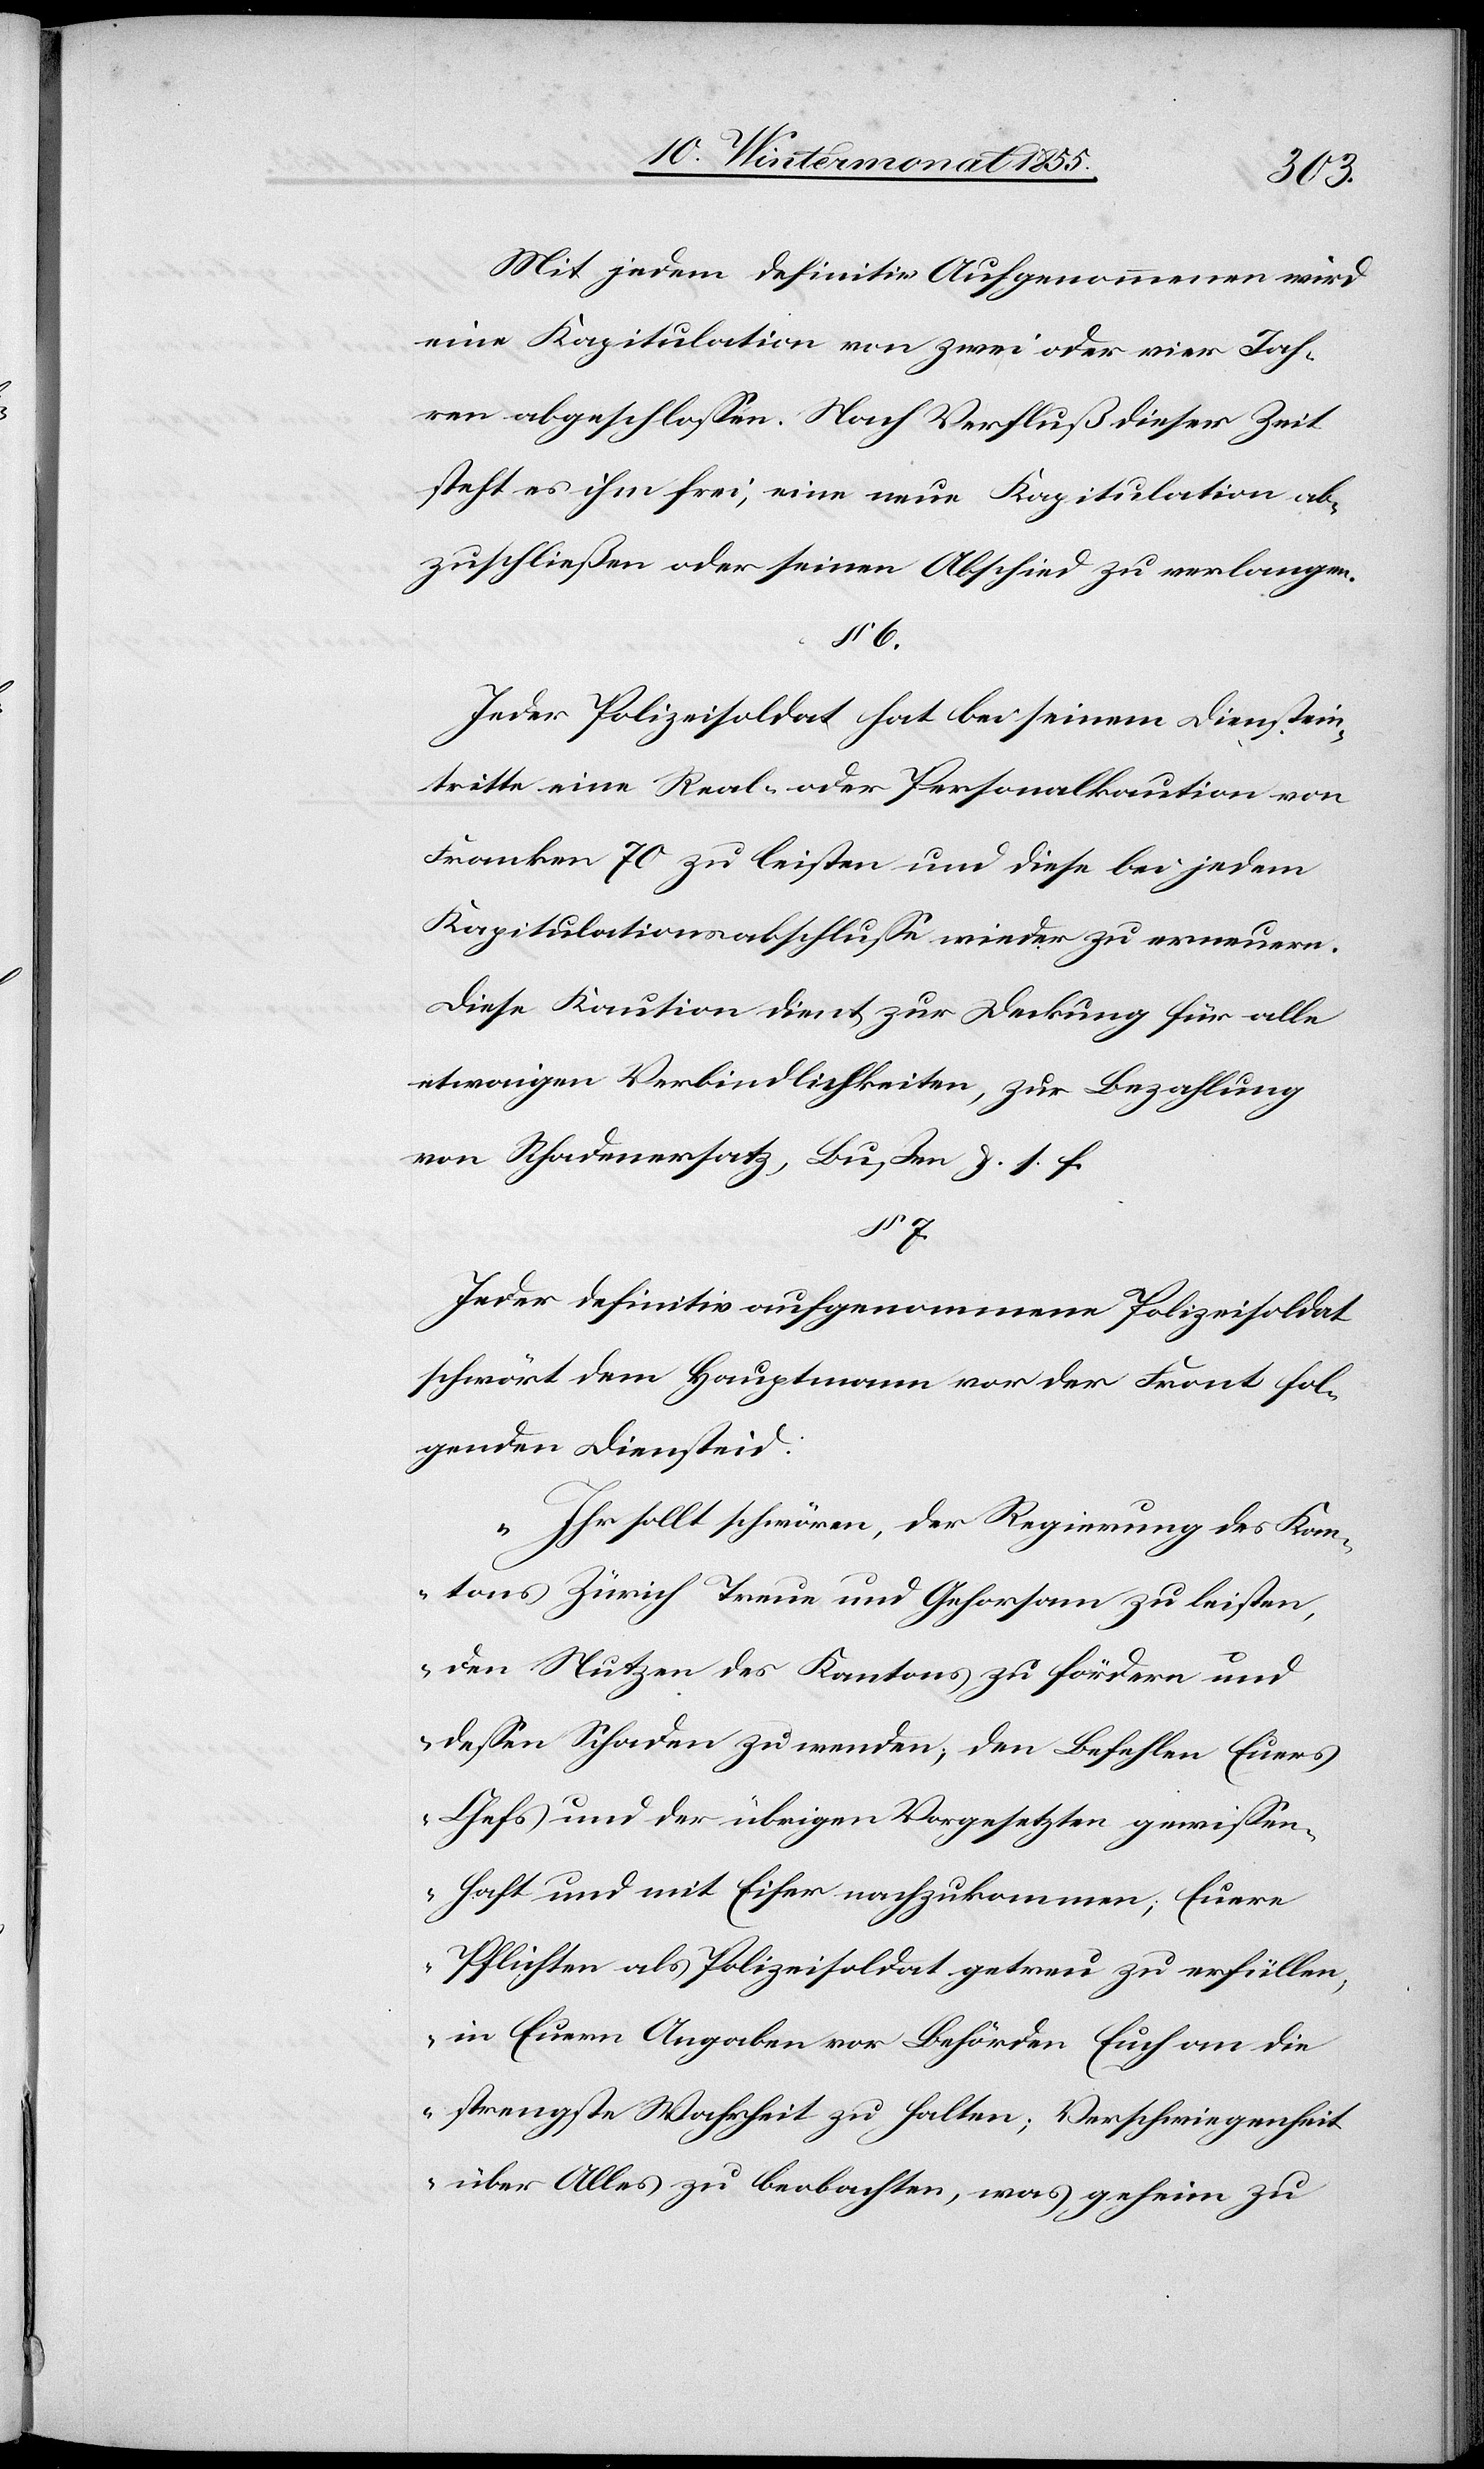
Mit jedem definitiv Aufgenommenen wird
eine Kapitulation von zwei oder vier Jah¬
ren abgeschlossen. Nach Verfluß dieser Zeit
steht es ihm frei, eine neue Kapitulation ab¬
zuschließen oder seinen Abschied zu verlangen.
§ 6.
Jeder Polizeisoldat hat bei seinem Dienstein¬
tritte eine Real- oder Personalkaution von
Franken 70 zu leisten und diese bei jedem
Kapitulationsabschlusse wieder zu erneuern.
Diese Kaution dient zur Deckung für alle
etwaigen Verbindlichkeiten, zur Bezahlung
von Schadenersatz, Bußen &. s. f.
§ 7.
Jeder definitiv aufgenommene Polizeisoldat
schwört dem Hauptmann vor der Front fol¬
genden Diensteid:
„Ihr sollt schwören, der Regierung des Kan¬
tons Zürich Treue und Gehorsam zu leisten,
den Nutzen des Kantons zu fördern und
dessen Schaden zu wenden; den Befehlen Euers
Chefs und der übrigen Vorgesetzten gewissen¬
haft und mit Eifer nachzukommen; Euere
Pflichten als Polizeisoldat getreu zu erfüllen;
in Euern Angaben vor Behörden Euch an die
strengste Wahrheit zu halten; Verschwiegenheit
über Alles zu beobachten, was geheim zu